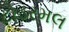
ટોડરમલ